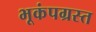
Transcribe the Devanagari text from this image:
भूकंपग्रस्त